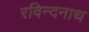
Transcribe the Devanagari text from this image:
रविन्दनाथ